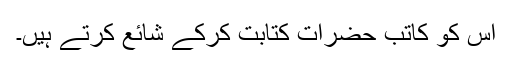
اس کو کاتب حضرات کتابت کرکے شائع کرتے ہیں۔